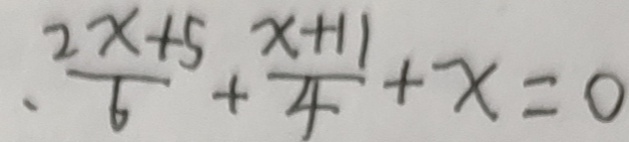
、 \frac { 2 x + 5 } { 6 } + \frac { x + 1 1 } { 4 } + x = 0